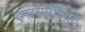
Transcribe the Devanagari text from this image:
इण्टरमी़डिएट